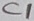
Text: C1